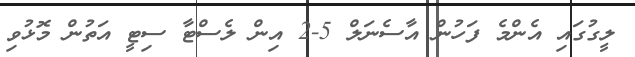
ލީގުގައި އެންމެ ފަހުން އާސެނަލް 5-2 އިން ލެސްޓާ ސިޓީ އަތުން މޮޅުވި